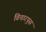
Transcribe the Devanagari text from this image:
विचारपुस